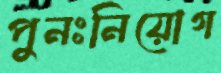
পুনঃনিয়োগ